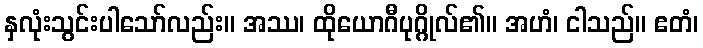
နှလုံးသွင်းပါသော်လည်း။ အဿ၊ ထိုယောဂီပုဂ္ဂိုလ်၏။ အဟံ၊ ငါသည်။ ဧတံ၊